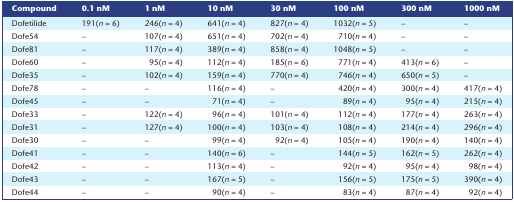
<table><thead><tr><td><b>Compound</b></td><td><b>0.1 nM</b></td><td><b>1 nM</b></td><td><b>10 nM</b></td><td><b>30 nM</b></td><td><b>100 nM</b></td><td><b>300 nM</b></td><td><b>1000 nM</b></td></tr></thead><tbody><tr><td>Dofetilide</td><td>191(<i>n</i> = 6)</td><td>246(<i>n</i> = 4)</td><td>641(<i>n</i> = 4)</td><td>827(<i>n</i> = 4)</td><td>1032(<i>n</i> = 5)</td><td>–</td><td>–</td></tr><tr><td>Dofe54</td><td>–</td><td>107(<i>n</i> = 4)</td><td>651(<i>n</i> = 4)</td><td>702(<i>n</i> = 4)</td><td>710(<i>n</i> = 4)</td><td>–</td><td>–</td></tr><tr><td>Dofe81</td><td>–</td><td>117(<i>n</i> = 4)</td><td>389(<i>n</i> = 4)</td><td>858(<i>n</i> = 4)</td><td>1048(<i>n</i> = 5)</td><td>–</td><td>–</td></tr><tr><td>Dofe60</td><td>–</td><td>95(<i>n</i> = 4)</td><td>112(<i>n</i> = 4)</td><td>185(<i>n</i> = 6)</td><td>771(<i>n</i> = 4)</td><td>413(<i>n</i> = 6)</td><td>–</td></tr><tr><td>Dofe35</td><td>–</td><td>102(<i>n</i> = 4)</td><td>159(<i>n</i> = 4)</td><td>770(<i>n</i> = 4)</td><td>746(<i>n</i> = 4)</td><td>650(<i>n</i> = 5)</td><td>–</td></tr><tr><td>Dofe78</td><td>–</td><td>–</td><td>116(<i>n</i> = 4)</td><td>–</td><td>420(<i>n</i> = 4)</td><td>300(<i>n</i> = 4)</td><td>417(<i>n</i> = 4)</td></tr><tr><td>Dofe45</td><td>–</td><td>–</td><td>71(<i>n</i> = 4)</td><td>–</td><td>89(<i>n</i> = 4)</td><td>95(<i>n</i> = 4)</td><td>215(<i>n</i> = 4)</td></tr><tr><td>Dofe33</td><td>–</td><td>122(<i>n</i> = 4)</td><td>96(<i>n</i> = 4)</td><td>101(<i>n</i> = 4)</td><td>112(<i>n</i> = 4)</td><td>177(<i>n</i> = 4)</td><td>263(<i>n</i> = 4)</td></tr><tr><td>Dofe31</td><td>–</td><td>127(<i>n</i> = 4)</td><td>100(<i>n</i> = 4)</td><td>103(<i>n</i> = 4)</td><td>108(<i>n</i> = 4)</td><td>214(<i>n</i> = 4)</td><td>296(<i>n</i> = 4)</td></tr><tr><td>Dofe30</td><td>–</td><td>–</td><td>99(<i>n</i> = 4)</td><td>92(<i>n</i> = 4)</td><td>105(<i>n</i> = 4)</td><td>190(<i>n</i> = 4)</td><td>140(<i>n</i> = 4)</td></tr><tr><td>Dofe41</td><td>–</td><td>–</td><td>140(<i>n</i> = 6)</td><td>–</td><td>144(<i>n</i> = 5)</td><td>162(<i>n</i> = 5)</td><td>262(<i>n</i> = 4)</td></tr><tr><td>Dofe42</td><td>–</td><td>–</td><td>113(<i>n</i> = 4)</td><td>–</td><td>92(<i>n</i> = 4)</td><td>95(<i>n</i> = 4)</td><td>98(<i>n</i> = 4)</td></tr><tr><td>Dofe43</td><td>–</td><td>–</td><td>167(<i>n</i> = 5)</td><td>–</td><td>156(<i>n</i> = 5)</td><td>175(<i>n</i> = 5)</td><td>390(<i>n</i> = 4)</td></tr><tr><td>Dofe44</td><td>–</td><td>–</td><td>90(<i>n</i> = 4)</td><td>–</td><td>83(<i>n</i> = 4)</td><td>87(<i>n</i> = 4)</td><td>92(<i>n</i> = 4)</td></tr></tbody></table>